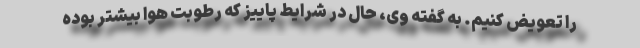
را تعویض کنیم. به گفته وی، حال در شرایط پاییز که رطوبت هوا بیشتر بوده